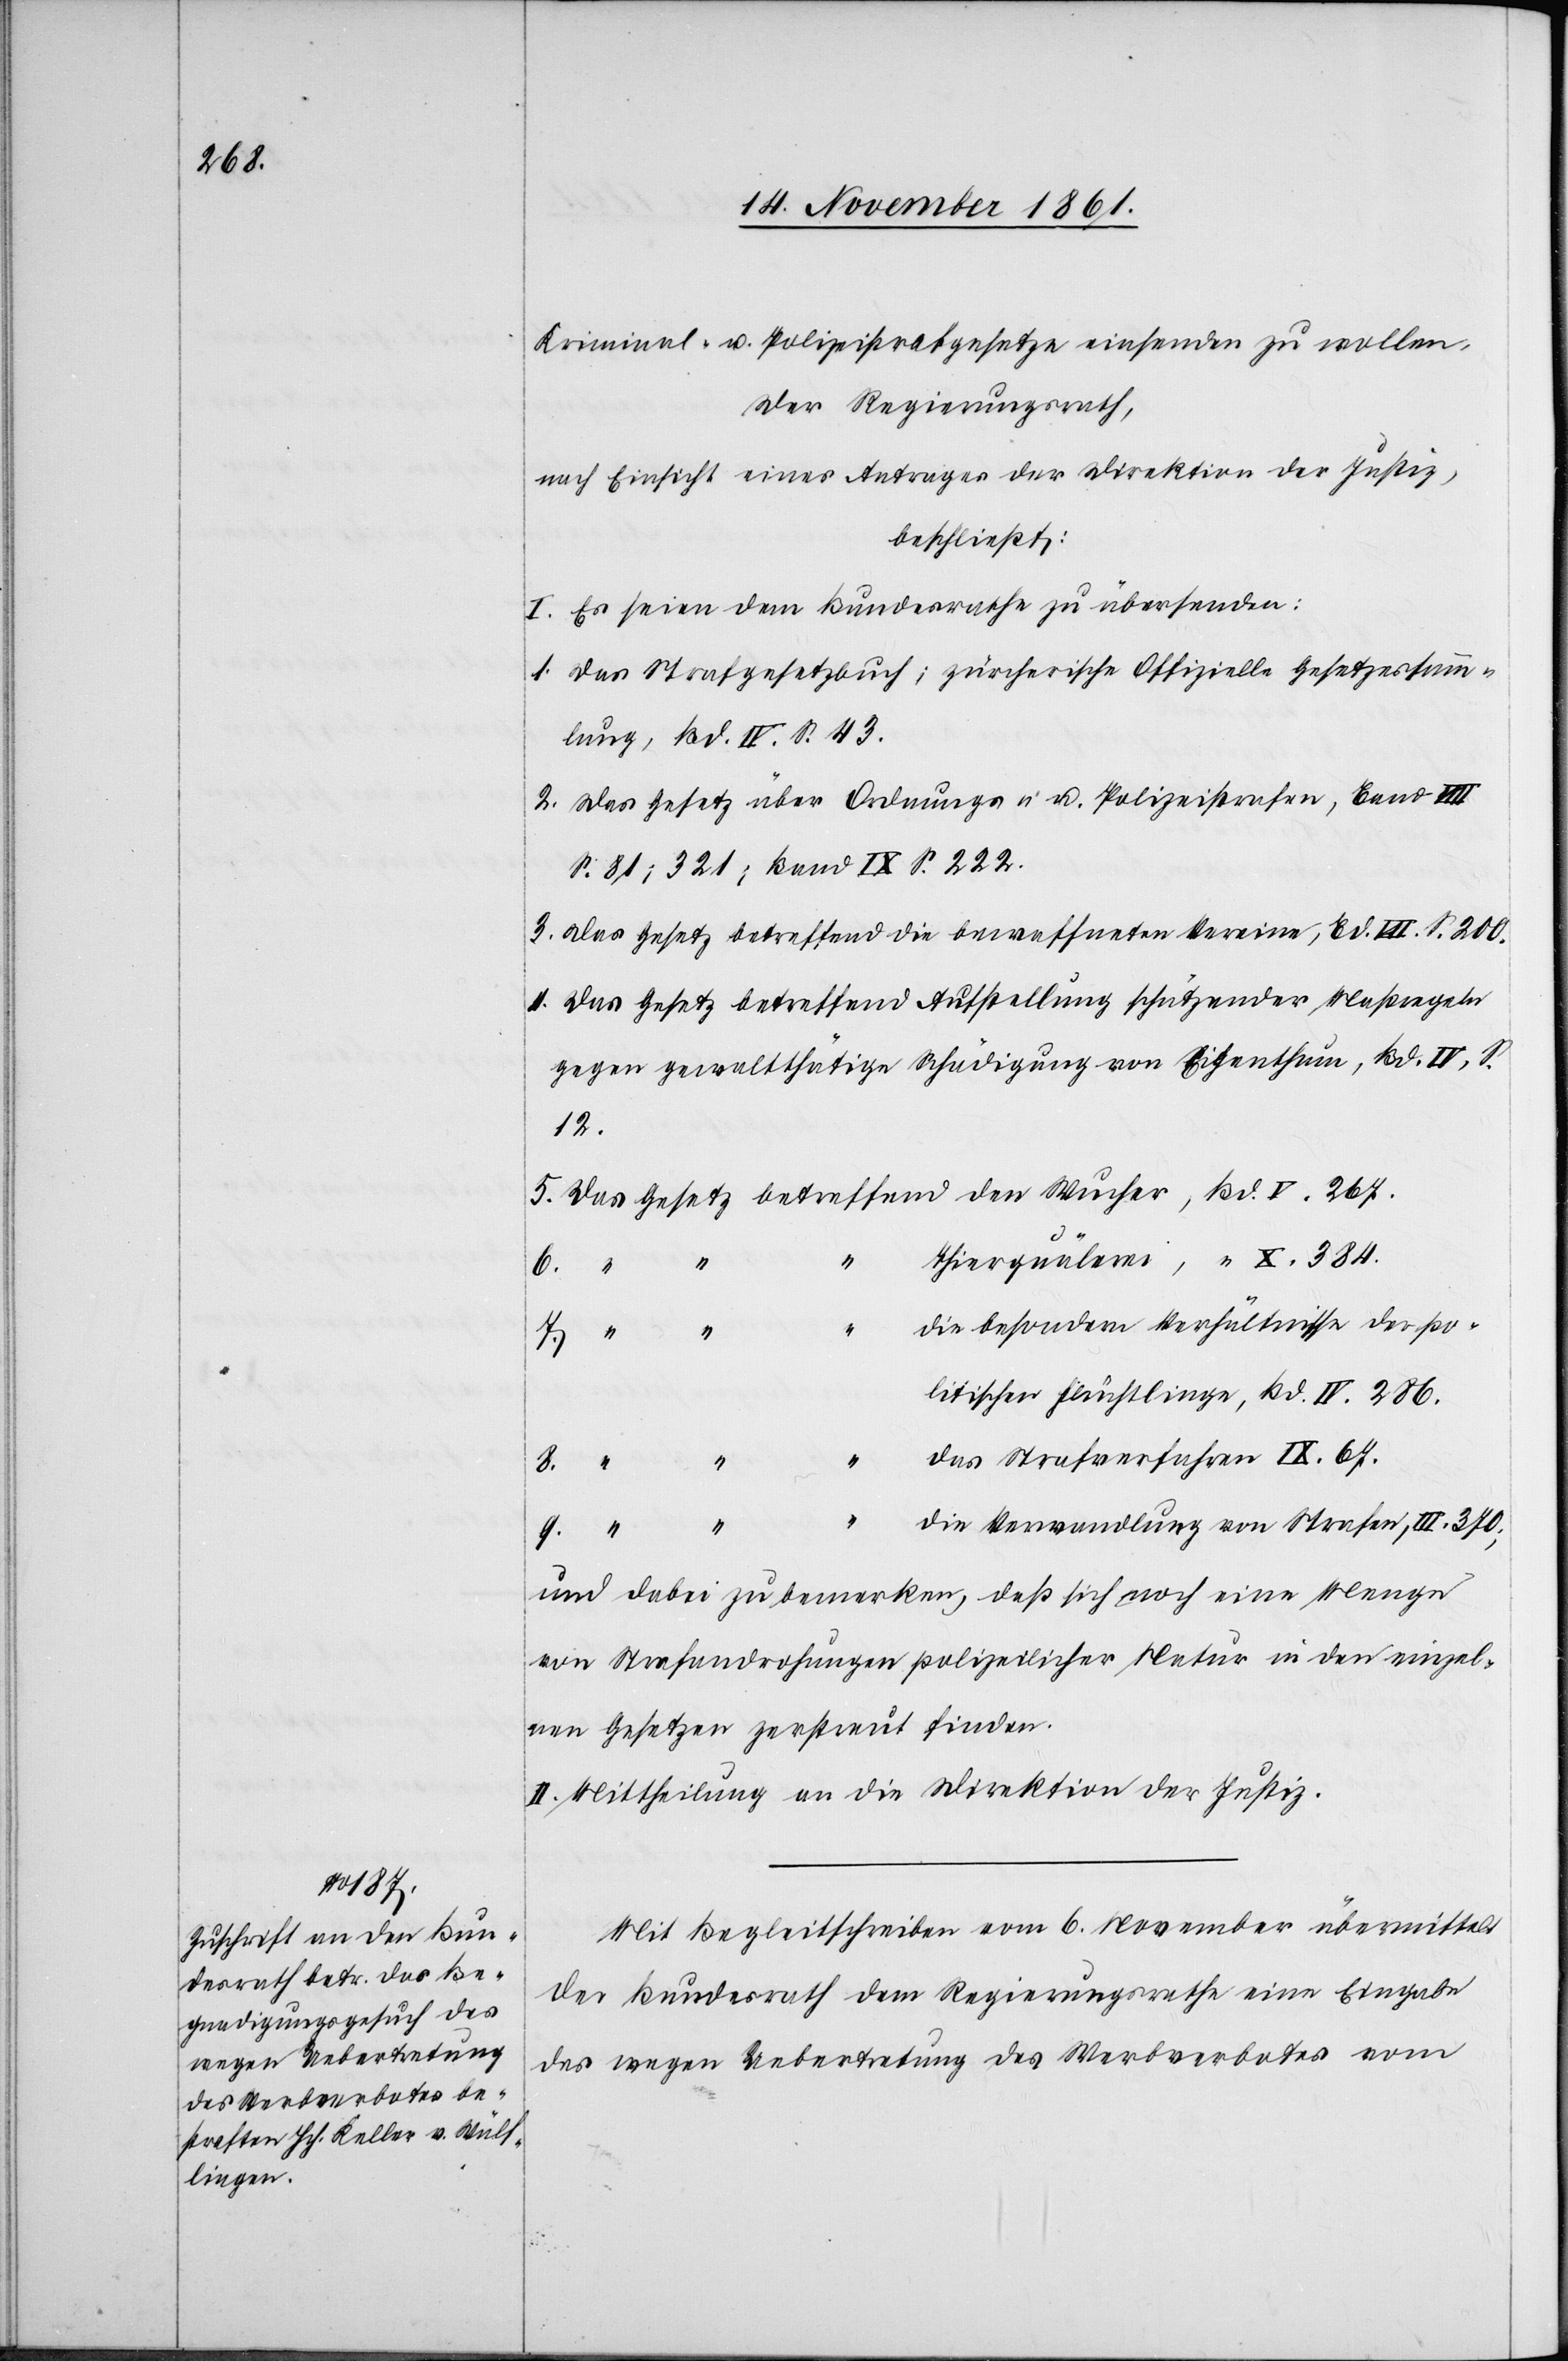
Kriminal- u. Polizeigesetze einsenden zu wollen.
Der Regierungsrath,
nach Einsicht eines Antrages der Direktion der Justiz,
beschließt:
I. Es seien dem Bundesrathe zu übersenden:
1. Das Strafgesetzbuch; zürcherische Offizielle Gesetzessamm¬
lung, Bd. IV. S. 222.
2. Das Gesetz über Ordnungs- u. Polizeistrafen, Band VIII
S. 81; 321; Band IX S. 222.
3. Das Gesetz betreffend die bewaffneten Vereine, Bd. VII. S. 200
4. Das Gesetz betreffend Aufstellung schützender Maßregeln
12.
5. Das Gesetz betreffend den Wucher, Bd. V. 267.
Thierquälerei, “ X. 384.
7.
die besondern Verhältnisse der po¬
litischen Flüchtlinge, Bd. IV 286.
das Strafverfahren IX. 67.
IV. S.
die Verwandlung von Strafen, III. 370.
und dabei zu bemerken, daß sich noch eine Menge
von Strafandrohungen polizeilicher Natur in den einzel¬
nen Gesetzen zerstreut finden.
II. Mittheilung an die Direktion der Justiz.
Mit Begleitschreiben vom 6 November übermittelt
der Bundesrath dem Regierungsrathe eine Eingabe
des wegen Uebertretung des Werbverbotes vom